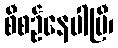
စီစဉ်နေပါပြီ၊